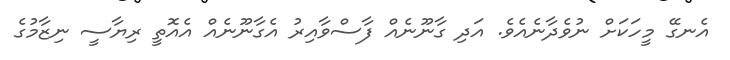
އެނގޭ މީހަކަށް ނުވެދާނެއެވެ. އަދި ގާނޫނެއް ފާސްވާއިރު އެގާނޫނެއް އެއޮތީ ރިޔާސީ ނިޒާމުގެ